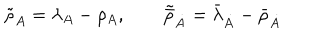
\tilde { { \rho } } _ { A } = \lambda _ { A } - \rho _ { A } , \qquad \tilde { \bar { \rho } } _ { \dot { A } } = \bar { \lambda } _ { \dot { A } } - \bar { \rho } _ { \dot { A } }